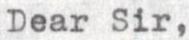
Dear Sir,